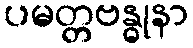
ပမတ္တဗန္ဓုနာ